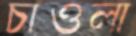
চাওলা